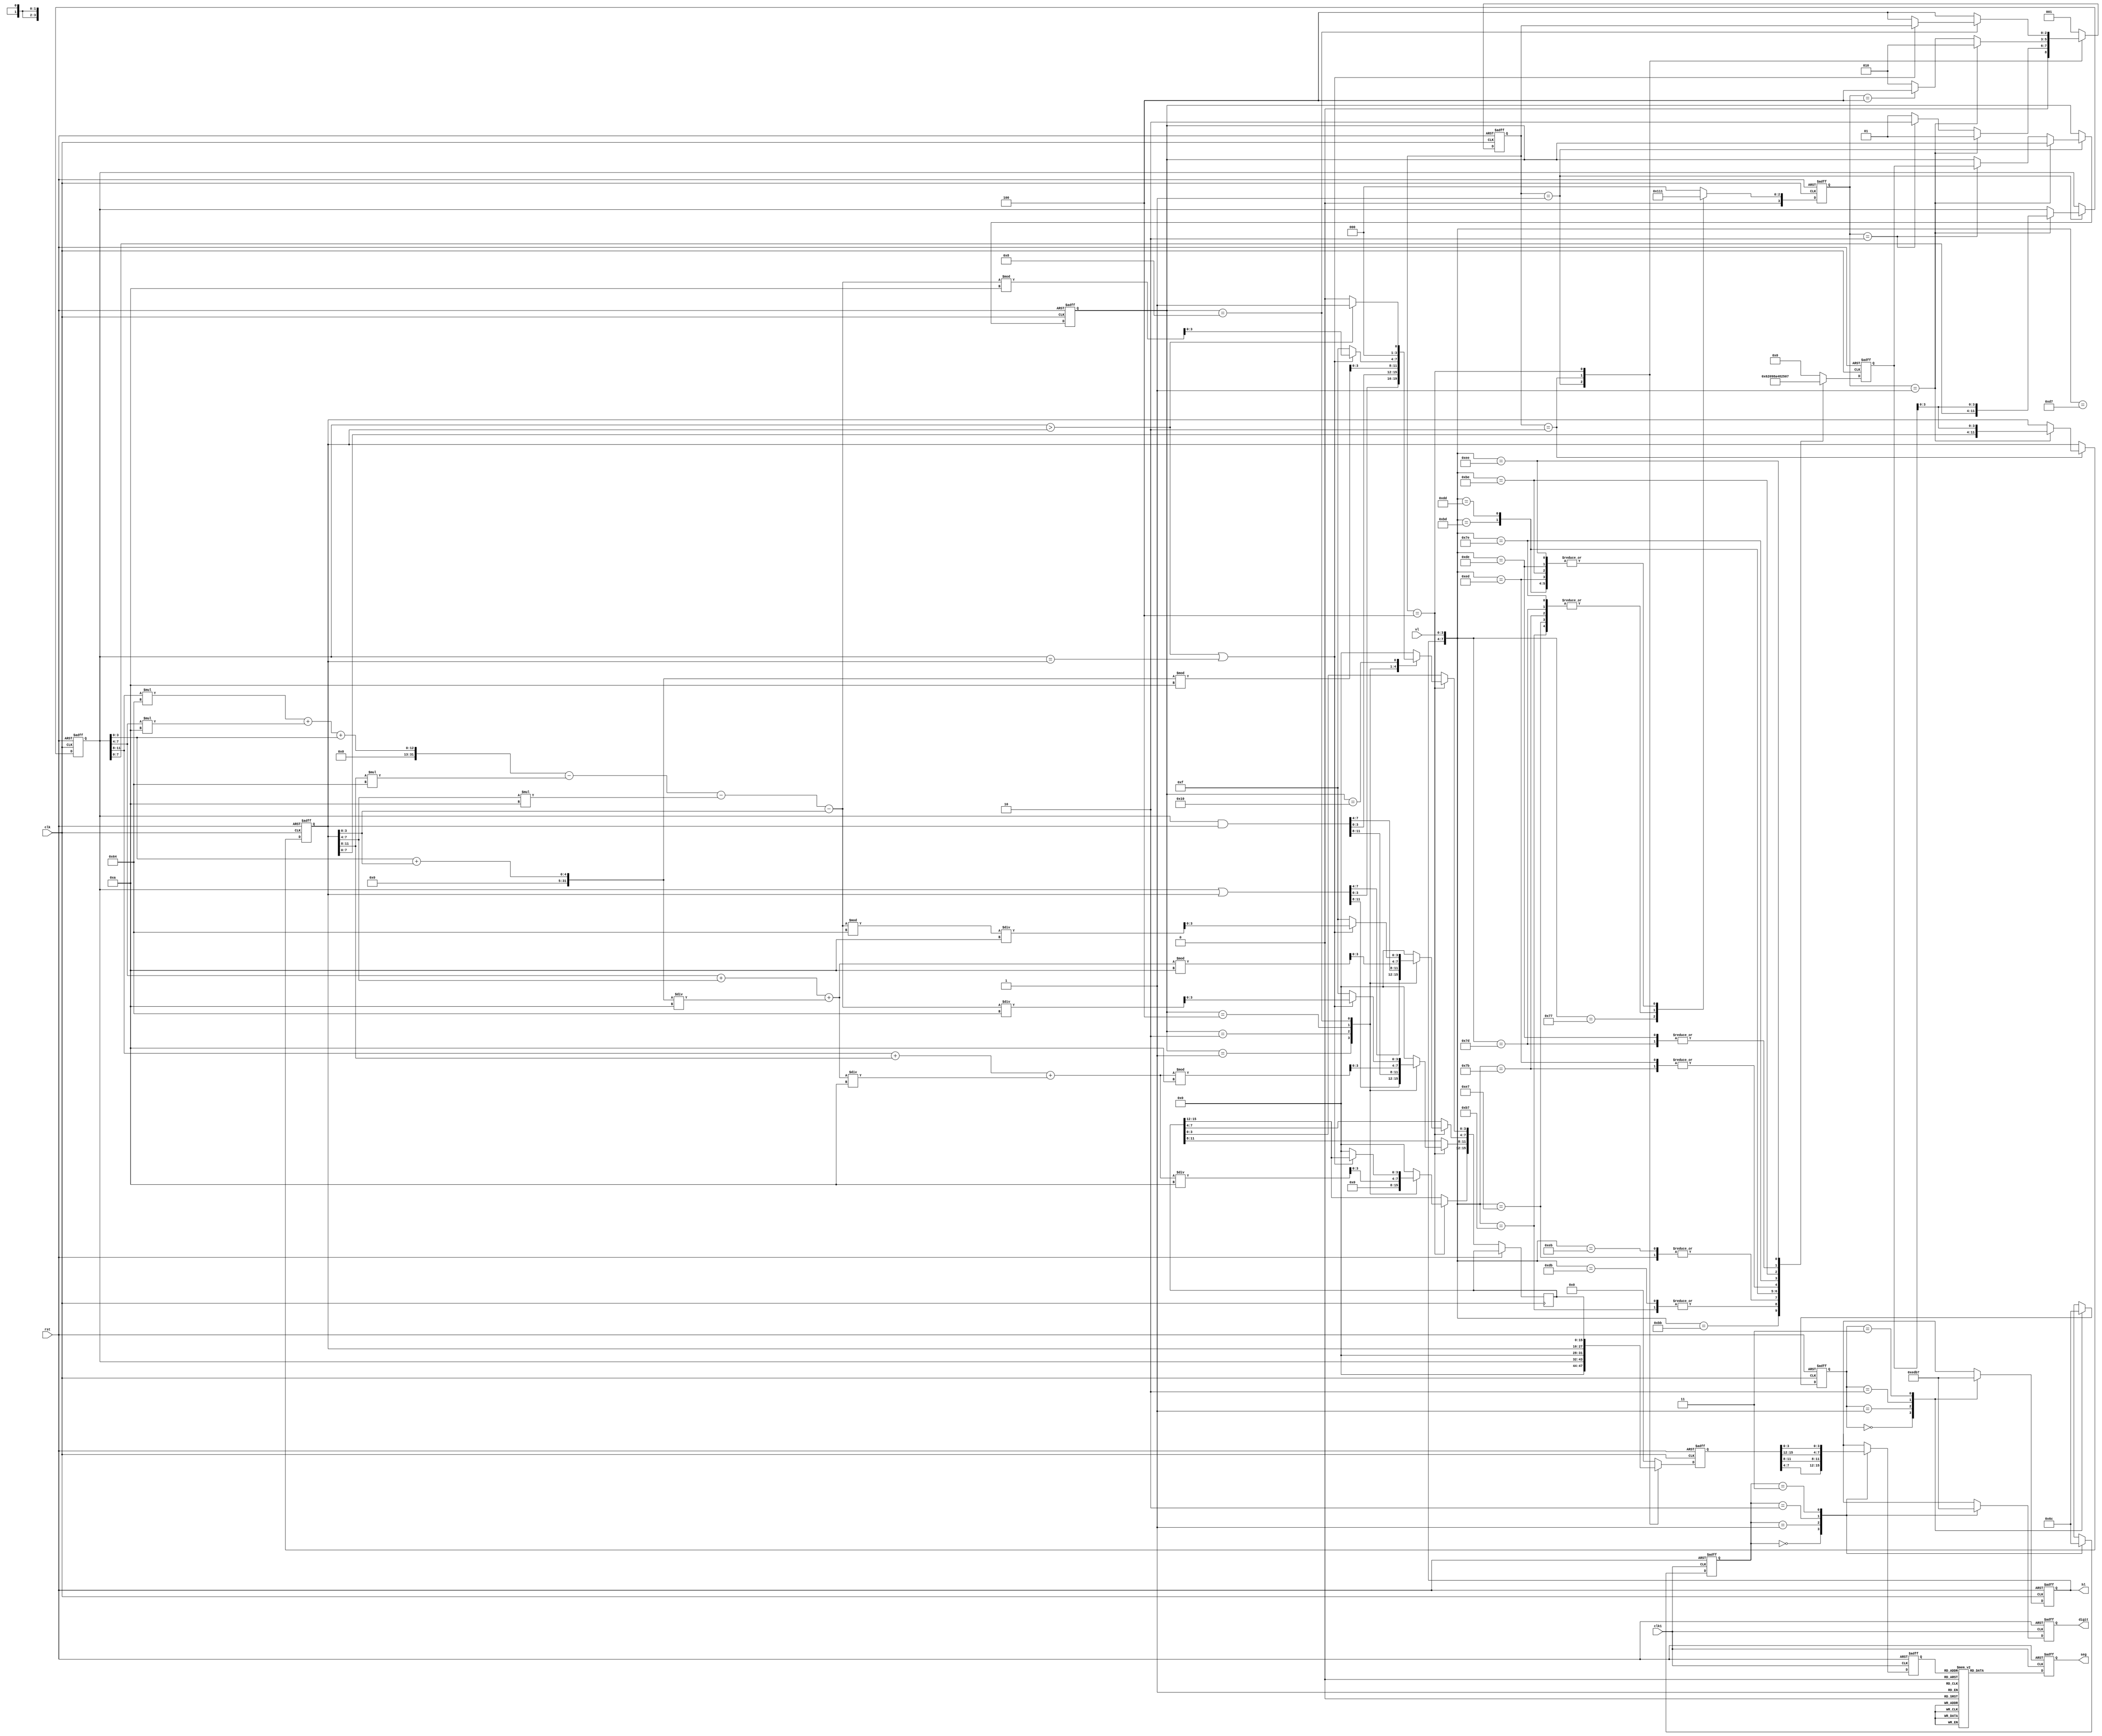
module my_key_seg1(
	input clk,
	input clk1, //for digit
	input rst,
	input [3:0] vl,
	output reg [3:0] hl,
	output reg [3:0] digit,
	output reg[7:0] seg
);

wire [7:0] hl_vl;
reg [15:0] data;
reg [3:0] data_temp;
reg [3:0] current_key;//储存当前按键值
reg key_flag;//按键标志位
reg [1:0] state; 
reg [1:0] state1;

always @(posedge clk1 or posedge rst) begin
	if(rst) begin
		digit = 4'b1111;
		state1 = 2'b00;
		data_temp = 4'b0000;
	end
	else begin
		case (state1)
			2'b00: begin
				data_temp = data[7:4];//???????
				digit = 4'b1110;
				state1 = 2'b01;
			end
			2'b01: begin
                data_temp = data[11:8];
				digit = 4'b1101;
				state1 = 2'b10;
			end
			2'b10: begin
                data_temp = data[15:12];//???????
				digit = 4'b1011;
				state1 = 2'b11;
			end
			2'b11: begin
                data_temp = data[3:0];
				digit = 4'b0111;
				state1 = 2'b00;
			end
			default: begin
				digit = 4'b1111;
				state1 = 2'b00;
                data_temp = 4'b0000;
			end
		endcase
	end
end

always @(posedge clk or posedge rst) begin
    if(rst) begin
        state <= 2'b00; 
		hl <= 4'b1111;
    end
    else begin
        case (state)
            2'b00: begin
				hl <= 4'b1110;
                state <= 2'b01;
            end
            2'b01: begin
				hl <= 4'b1101;
                state <= 2'b10;
            end
            2'b10: begin
				hl <= 4'b1011;
                state <= 2'b11;
            end
            2'b11: begin
				hl <= 4'b0111;
                state <= 2'b00;
            end
            default: begin
				hl <= 4'b1111;
                state <= 2'b00;
            end
        endcase
    end
end 
assign hl_vl = {hl,vl};       

//try to use mealy machine to solve the problem
reg [2:0] FSM_state;
parameter FIRST = 3'b001;
parameter SECOND = 3'b010;
parameter RESULT = 3'b100;
reg [4:0] operator;
parameter OR_OPERATOR = 5'b00001;
parameter AND_OPERATOR = 5'b00010;
parameter ADD_OPERATOR = 5'b00100;
parameter SUB_OPERATOR = 5'b01000;
parameter COMPARE_OPERATOR = 5'b10000;

//the first part of the FSM, trying to get state according to input
reg [11:0] first_num;
reg [11:0] second_num;
reg [15:0] result;
always @(posedge clk, posedge rst) begin
	if(rst) begin
		FSM_state <= FIRST;
		operator <= 5'b00000;
		first_num <= 12'b0000_0000_0000;
		second_num <= 12'b0000_0000_0000;
	end
	else begin
		case(FSM_state)
			FIRST: begin
				if(input_type == NUMBER) begin
					first_num <= {first_num[7:0],input_temp[3:0]};
					FSM_state <= FIRST;
				end
				else if(input_type == OPERATOR) begin
					operator <= input_temp;
					FSM_state <= SECOND;
				end
				else begin
					FSM_state <= FIRST;
				end
			end
			SECOND: begin
				if(input_type == NUMBER) begin
					second_num <= {second_num[7:0],input_temp[3:0]};
					FSM_state <= SECOND;
				end
				else if(input_type == EQUAL) begin
					FSM_state <= RESULT;
				end
				else begin
					FSM_state <= SECOND;
				end
			end
			RESULT: begin
				case(operator)
					OR_OPERATOR: begin
						result <= first_num | second_num;
						FSM_state <= RESULT;
					end
					AND_OPERATOR: begin
						result <= first_num & second_num;
						FSM_state <= RESULT;
					end
					ADD_OPERATOR: begin
						result[3:0] <= (first_num[3:0] + second_num[3:0])%10;
						result[7:4] <= (first_num[7:4] + second_num[7:4] + (first_num[3:0] + second_num[3:0])/10)%10;
						result[11:8] <= (first_num[11:8] + second_num[11:8] + (first_num[7:4] + second_num[7:4] + (first_num[3:0] + second_num[3:0])/10)/10)%10;
						result[15:12] <= (first_num[11:8] + second_num[11:8] + (first_num[7:4] + second_num[7:4] + (first_num[3:0] + second_num[3:0])/10)/10)/10;
						FSM_state <= RESULT;
					end
					SUB_OPERATOR: begin
						if(first_num > second_num || first_num == second_num) begin
							result[11:8] <= ({12'b0,first_num[11:8]}*100 + {12'b0,first_num[7:4]}*10 + {12'b0,first_num[3:0]} - {12'b0,second_num[11:8]}*100 - {12'b0,second_num[7:4]}*10 - {12'b0,second_num[3:0]})/100;
							result[7:4] <= ({12'b0,first_num[11:8]}*100 + {12'b0,first_num[7:4]}*10 + {12'b0,first_num[3:0]} - {12'b0,second_num[11:8]}*100 - {12'b0,second_num[7:4]}*10 - {12'b0,second_num[3:0]})%100/10;
							result[3:0] <= ({12'b0,first_num[11:8]}*100 + {12'b0,first_num[7:4]}*10 + {12'b0,first_num[3:0]} - {12'b0,second_num[11:8]}*100 - {12'b0,second_num[7:4]}*10 - {12'b0,second_num[3:0]})%10;

						end
						else begin
							result <= 12'b111111111111;
							FSM_state <= RESULT;
						end
					end
					COMPARE_OPERATOR: begin
						if(first_num > second_num) begin
							result <= 12'b1;
						end
						else begin
							result <= 12'b0;
						end
						FSM_state <= RESULT;
					end
					default: begin
						result <= 12'b0;
						FSM_state <= RESULT;
					end
				endcase
			end
			default: begin
				FSM_state <= FIRST;
			end
	endcase
	end
end

//process the origin input to a simple one
reg [3:0] input_type;
parameter NUMBER = 4'b0001;
parameter OPERATOR = 4'b0010;
parameter EQUAL = 4'b0100;
parameter RESET = 4'b1000;
reg [4:0] input_temp;

always @ (posedge clk,posedge rst) begin
	if (rst) begin
		input_type <= 3'b000;
		input_temp <= 5'b00000;
	end
	else begin
		case (hl_vl)
			8'b0111_0111: begin
				//for =  
				input_type <= EQUAL;
				input_temp <= 5'b00000;   
			end
			8'b1011_0111: begin
				//for and   
				input_type <= OPERATOR;
				input_temp <= AND_OPERATOR;
			end
			8'b1101_0111: begin
				//for 0
				input_type <= NUMBER;
				input_temp <= 5'b00000;
			end
			8'b1110_0111: begin
				//for or     
				input_type <= OPERATOR;
				input_temp <= OR_OPERATOR;
			end
			8'b0111_1011: begin
				//for +     
				input_type <= OPERATOR;
				input_temp <= ADD_OPERATOR;
			end
			8'b1011_1011: begin
				//for 3
				input_type <= NUMBER;
				input_temp <= 5'b00011;
			end
			8'b1101_1011: begin
				//for 2
				input_type <= NUMBER;
				input_temp <= 5'b00010;
			end
			8'b1110_1011: begin
				//for 1
				input_type <= NUMBER;
				input_temp <= 5'b00001;
			end
			8'b0111_1101: begin      
				//for -     
				input_type <= OPERATOR;
				input_temp <= SUB_OPERATOR;
			end
			8'b1011_1101: begin
				//for 6
				input_type <= NUMBER;
				input_temp <= 5'b00110;
			end
			8'b1101_1101: begin
				//for 5
				input_type <= NUMBER;
				input_temp <= 5'b00101;
			end
			8'b1110_1101: begin
				//for 4
				input_type <= NUMBER;
				input_temp <= 5'b00100;
			end
			8'b0111_1110: begin      
				//for compare
				input_type <= OPERATOR;
				input_temp <= COMPARE_OPERATOR;
			end
			8'b1011_1110: begin
				//for 9
				input_type <= NUMBER;
				input_temp <= 5'b01001;
			end
			8'b1101_1110: begin
				//for 8
				input_type <= NUMBER;
				input_temp <= 5'b01000;
			end
			8'b1110_1110: begin
				//for 7
				input_type <= NUMBER;
				input_temp <= 5'b00111;
			end
			default: begin
				input_type <= 3'b000;
				input_temp <= 5'b00000;
			end
		endcase
	end
end

//the second part of the FSM, trying to show the result according to the state
always @(posedge clk, posedge rst) begin
	if(rst) begin
		data <= 16'b0000_0000_0000_0000;
	end
	else begin
		case(FSM_state)
			FIRST: begin
				data <= first_num;
			end
			SECOND: begin
				data <= second_num;
			end
			RESULT: begin
				data <= result;
			end
			default: begin
				data <= 16'b0000_0000_0000_0000;
			end
		endcase
	end
end

always @(posedge clk1, posedge rst) begin
	if(rst) begin
		seg = 8'hc0;
	end
	else begin
		case (data_temp)
			0: seg = 8'hc0;
			1: seg = 8'hf9;
			2: seg = 8'ha4;
			3: seg = 8'hb0;
			4: seg = 8'h99;
			5: seg = 8'h92;
			6: seg = 8'h82;
			7: seg = 8'hf8;
			8: seg = 8'h80;
			9: seg = 8'h90;
			10: seg = 8'h88;
			11: seg = 8'h83;
			12: seg = 8'hc6;
			13: seg = 8'ha1;
			14: seg = 8'h86;
			15: seg = 8'h8e;
			default: seg = 8'hc0;
		endcase
	end
end

endmodule